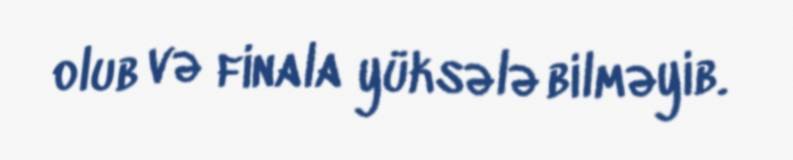
olub və finala yüksələ bilməyib.